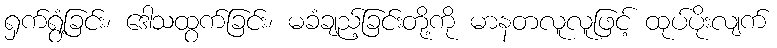
ရှက်ရွံ့ခြင်း၊ ဒေါသထွက်ခြင်း၊ မခံချည့်ခြင်းတို့ကို မာနတလူလူဖြင့် ထုပ်ပိုးလျက်